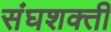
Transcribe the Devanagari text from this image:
संघशक्ती